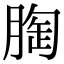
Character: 𮌚